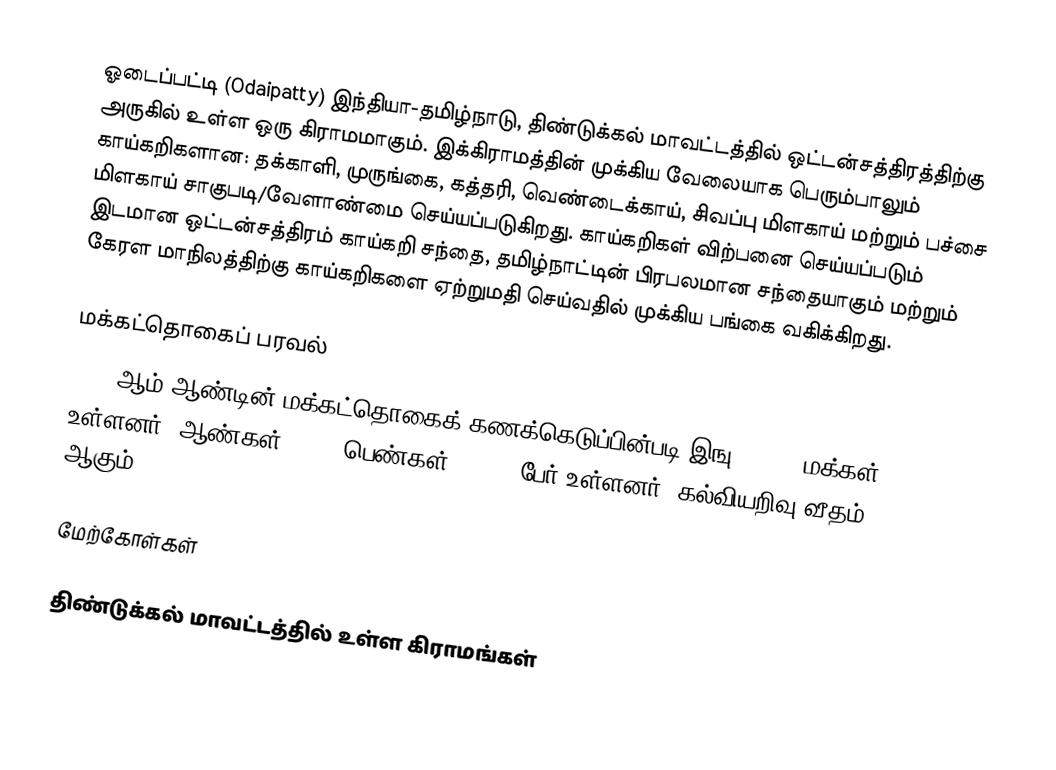
ஓடைப்பட்டி (Odaipatty) இந்தியா-தமிழ்நாடு, திண்டுக்கல் மாவட்டத்தில் ஒட்டன்சத்திரத்திற்கு அருகில் உள்ள ஒரு கிராமமாகும். இக்கிராமத்தின் முக்கிய வேலையாக பெரும்பாலும் காய்கறிகளான: தக்காளி, முருங்கை, கத்தரி, வெண்டைக்காய், சிவப்பு மிளகாய் மற்றும் பச்சை மிளகாய்  சாகுபடி/வேளாண்மை செய்யப்படுகிறது. காய்கறிகள் விற்பனை செய்யப்படும்  இடமான ஒட்டன்சத்திரம் காய்கறி சந்தை, தமிழ்நாட்டின் பிரபலமான  சந்தையாகும் மற்றும் கேரள மாநிலத்திற்கு காய்கறிகளை ஏற்றுமதி செய்வதில் முக்கிய பங்கை வகிக்கிறது.

மக்கட்தொகைப் பரவல்
2011 ஆம் ஆண்டின் மக்கட்தொகைக் கணக்கெடுப்பின்படி இஙு 13,892 மக்கள் உள்ளனர். ஆண்கள் 49.8% பெண்கள் 50.2 % பேர் உள்ளனர். கல்வியறிவு வீதம் 69.8% ஆகும்.

மேற்கோள்கள்

திண்டுக்கல் மாவட்டத்தில் உள்ள கிராமங்கள்